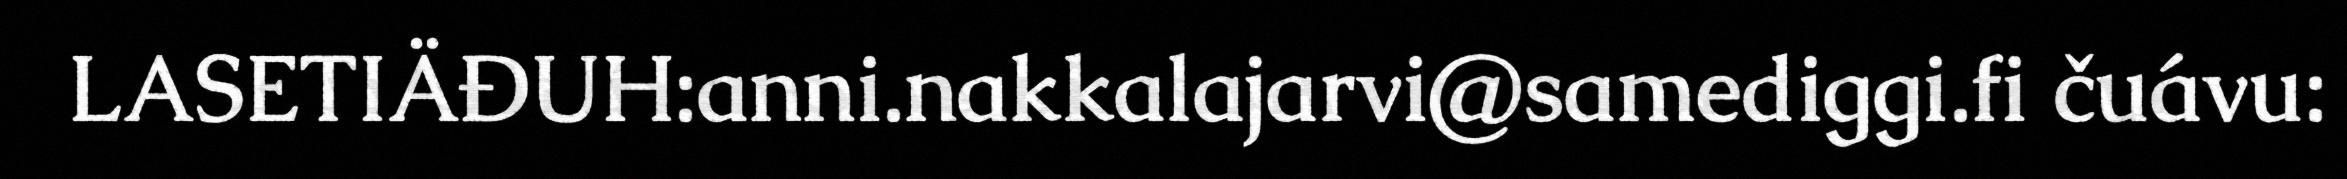
LASETIÄĐUH:anni.nakkalajarvi@samediggi.fi čuávu: